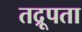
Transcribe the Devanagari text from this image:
तद्रूपता